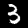
Digit: 3